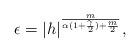
\begin{align*}\epsilon=|h|^\frac{m}{\alpha(1+\frac{\gamma}{2})+\frac{m}{2}},\end{align*}